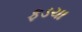
ફડચા